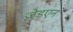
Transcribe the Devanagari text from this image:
ज़ेडएन